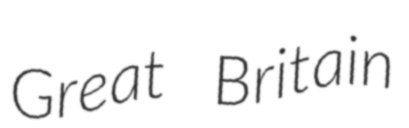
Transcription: Great Britain